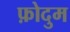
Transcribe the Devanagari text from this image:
फ़ोदुम